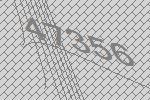
47356